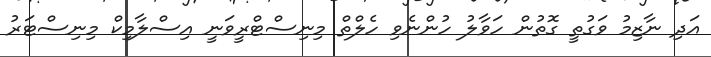
އަދި ނާޒިމު ވަގުތީ ގޮތުން ހަވާލު ހުންނެވި ހެލްތް މިނިސްޓްރީވަނީ އިސްލާމިކް މިނިސްޓަރު